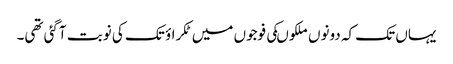
یہاں تک کہ دونوں ملکوںکی فوجوں میں ٹکراؤ تک کی نوبت آگئی تھی۔